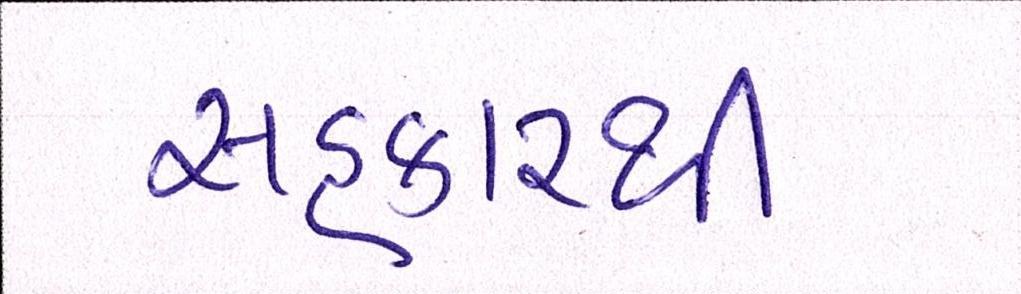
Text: સહકારથી